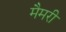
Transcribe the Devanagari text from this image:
मैमरी